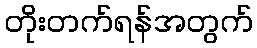
တိုးတက်ရန်အတွက်